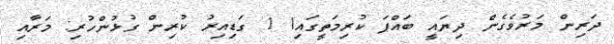
ދަރިން މަރުވެގެން ދިޔައީ ބައްޕަ ކުރިމަތީގައި! 1 ގަޑިއިރު ކުރިން ގުޅުންހުރި: މަރާއި